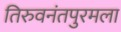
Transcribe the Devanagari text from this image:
तिरुवनंतपुरमला